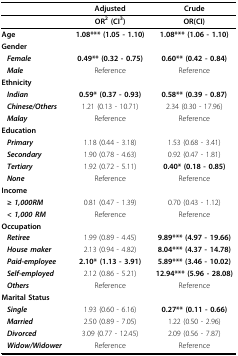
<table><thead><tr><td></td><td><b>Adjusted</b></td><td><b>Crude</b></td></tr></thead><tbody><tr><td></td><td><b>OR<sup>2 </sup>(CI<sup>3</sup>)</b></td><td><b>OR(CI)</b></td></tr><tr><td><b>Age</b></td><td><b>1.08*** (1.05 - 1.10)</b></td><td><b>1.08*** (1.06 - 1.10)</b></td></tr><tr><td><b>Gender</b></td><td></td><td></td></tr><tr><td><b><i>Female</i></b></td><td><b>0.49** (0.32 - 0.75)</b></td><td><b>0.60** (0.42 - 0.84)</b></td></tr><tr><td><b><i>Male</i></b></td><td>Reference</td><td>Reference</td></tr><tr><td><b>Ethnicity</b></td><td></td><td></td></tr><tr><td><b><i>Indian</i></b></td><td><b>0.59* (0.37 - 0.93)</b></td><td><b>0.58** (0.39 - 0.87)</b></td></tr><tr><td><b><i>Chinese/Others</i></b></td><td>1.21 (0.13 - 10.71)</td><td>2.34 (0.30 - 17.96)</td></tr><tr><td><b><i>Malay</i></b></td><td>Reference</td><td>Reference</td></tr><tr><td><b>Education</b></td><td></td><td></td></tr><tr><td><b><i>Primary</i></b></td><td>1.18 (0.44 - 3.18)</td><td>1.53 (0.68 - 3.41)</td></tr><tr><td><b><i>Secondary</i></b></td><td>1.90 (0.78 - 4.63)</td><td>0.92 (0.47 - 1.81)</td></tr><tr><td><b><i>Tertiary</i></b></td><td>1.92 (0.72 - 5.11)</td><td><b>0.40* (0.18 - 0.85)</b></td></tr><tr><td><b><i>None</i></b></td><td>Reference</td><td>Reference</td></tr><tr><td><b>Income</b></td><td></td><td></td></tr><tr><td><b><i>≥ 1,000RM</i></b></td><td>0.81 (0.47 - 1.39)</td><td>0.70 (0.43 - 1.12)</td></tr><tr><td><b><i>&lt; 1,000 RM</i></b></td><td>Reference</td><td>Reference</td></tr><tr><td><b>Occupation</b></td><td></td><td></td></tr><tr><td><b><i>Retiree</i></b></td><td>1.99 (0.89 - 4.45)</td><td><b>9.89*** (4.97 - 19.66)</b></td></tr><tr><td><b><i>House maker</i></b></td><td>2.13 (0.94 - 4.82)</td><td><b>8.04*** (4.37 - 14.78)</b></td></tr><tr><td><b><i>Paid-employee</i></b></td><td><b>2.10* (1.13 - 3.91)</b></td><td><b>5.89*** (3.46 - 10.02)</b></td></tr><tr><td><b><i>Self-employed</i></b></td><td>2.12 (0.86 - 5.21)</td><td><b>12.94*** (5.96 - 28.08)</b></td></tr><tr><td><b><i>Others</i></b></td><td>Reference</td><td>Reference</td></tr><tr><td><b>Marital Status</b></td><td></td><td></td></tr><tr><td><b><i>Single</i></b></td><td>1.93 (0.60 - 6.16)</td><td><b>0.27** (0.11 - 0.66)</b></td></tr><tr><td><b><i>Married</i></b></td><td>2.50 (0.89 - 7.05)</td><td>1.22 (0.50 - 2.96)</td></tr><tr><td><b><i>Divorced</i></b></td><td>3.09 (0.77 - 12.45)</td><td>2.09 (0.56 - 7.87)</td></tr><tr><td><b><i>Widow/Widower</i></b></td><td>Reference</td><td>Reference</td></tr></tbody></table>